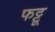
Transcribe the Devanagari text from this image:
फट्टू